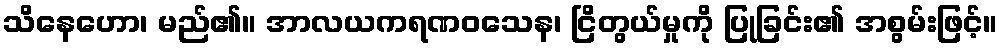
သိနေဟော၊ မည်၏။ အာလယကရဏဝသေန၊ ငြိတွယ်မှုကို ပြုခြင်း၏ အစွမ်းဖြင့်။